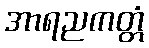
အာရညကတ္တံ